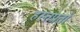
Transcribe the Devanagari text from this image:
हस्तप्रतों